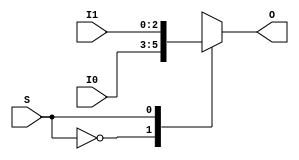
`timescale 1ns / 1ps
//////////////////////////////////////////////////////////////////////////////////
// Company: 
// Engineer: 
// 
// Design Name: 
// Module Name:    mux2_1_x3 
// Project Name: 
// Target Devices: 
// Tool versions: 
// Description: 
//
// Dependencies: 
//
// Revision: 
// Revision 0.01 - File Created
// Additional Comments: 
//
//////////////////////////////////////////////////////////////////////////////////
module mux2_1_x3(
    input [2:0] I0,
    input [2:0] I1,
    output [2:0] O,
    input S
    );
	
	reg [2:0] out;
	assign O = out;
	
	always @(*)
	begin
		case (S)
			1'b0:	out = I0;
			1'b1:	out = I1;
		endcase
	end


endmodule